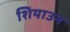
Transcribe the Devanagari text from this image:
शियाउन